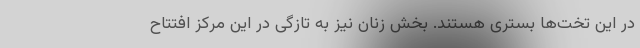
در این تخت‌ها بستری هستند. بخش زنان نیز به تازگی در این مرکز افتتاح